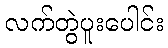
လက်တွဲပူးပေါင်း